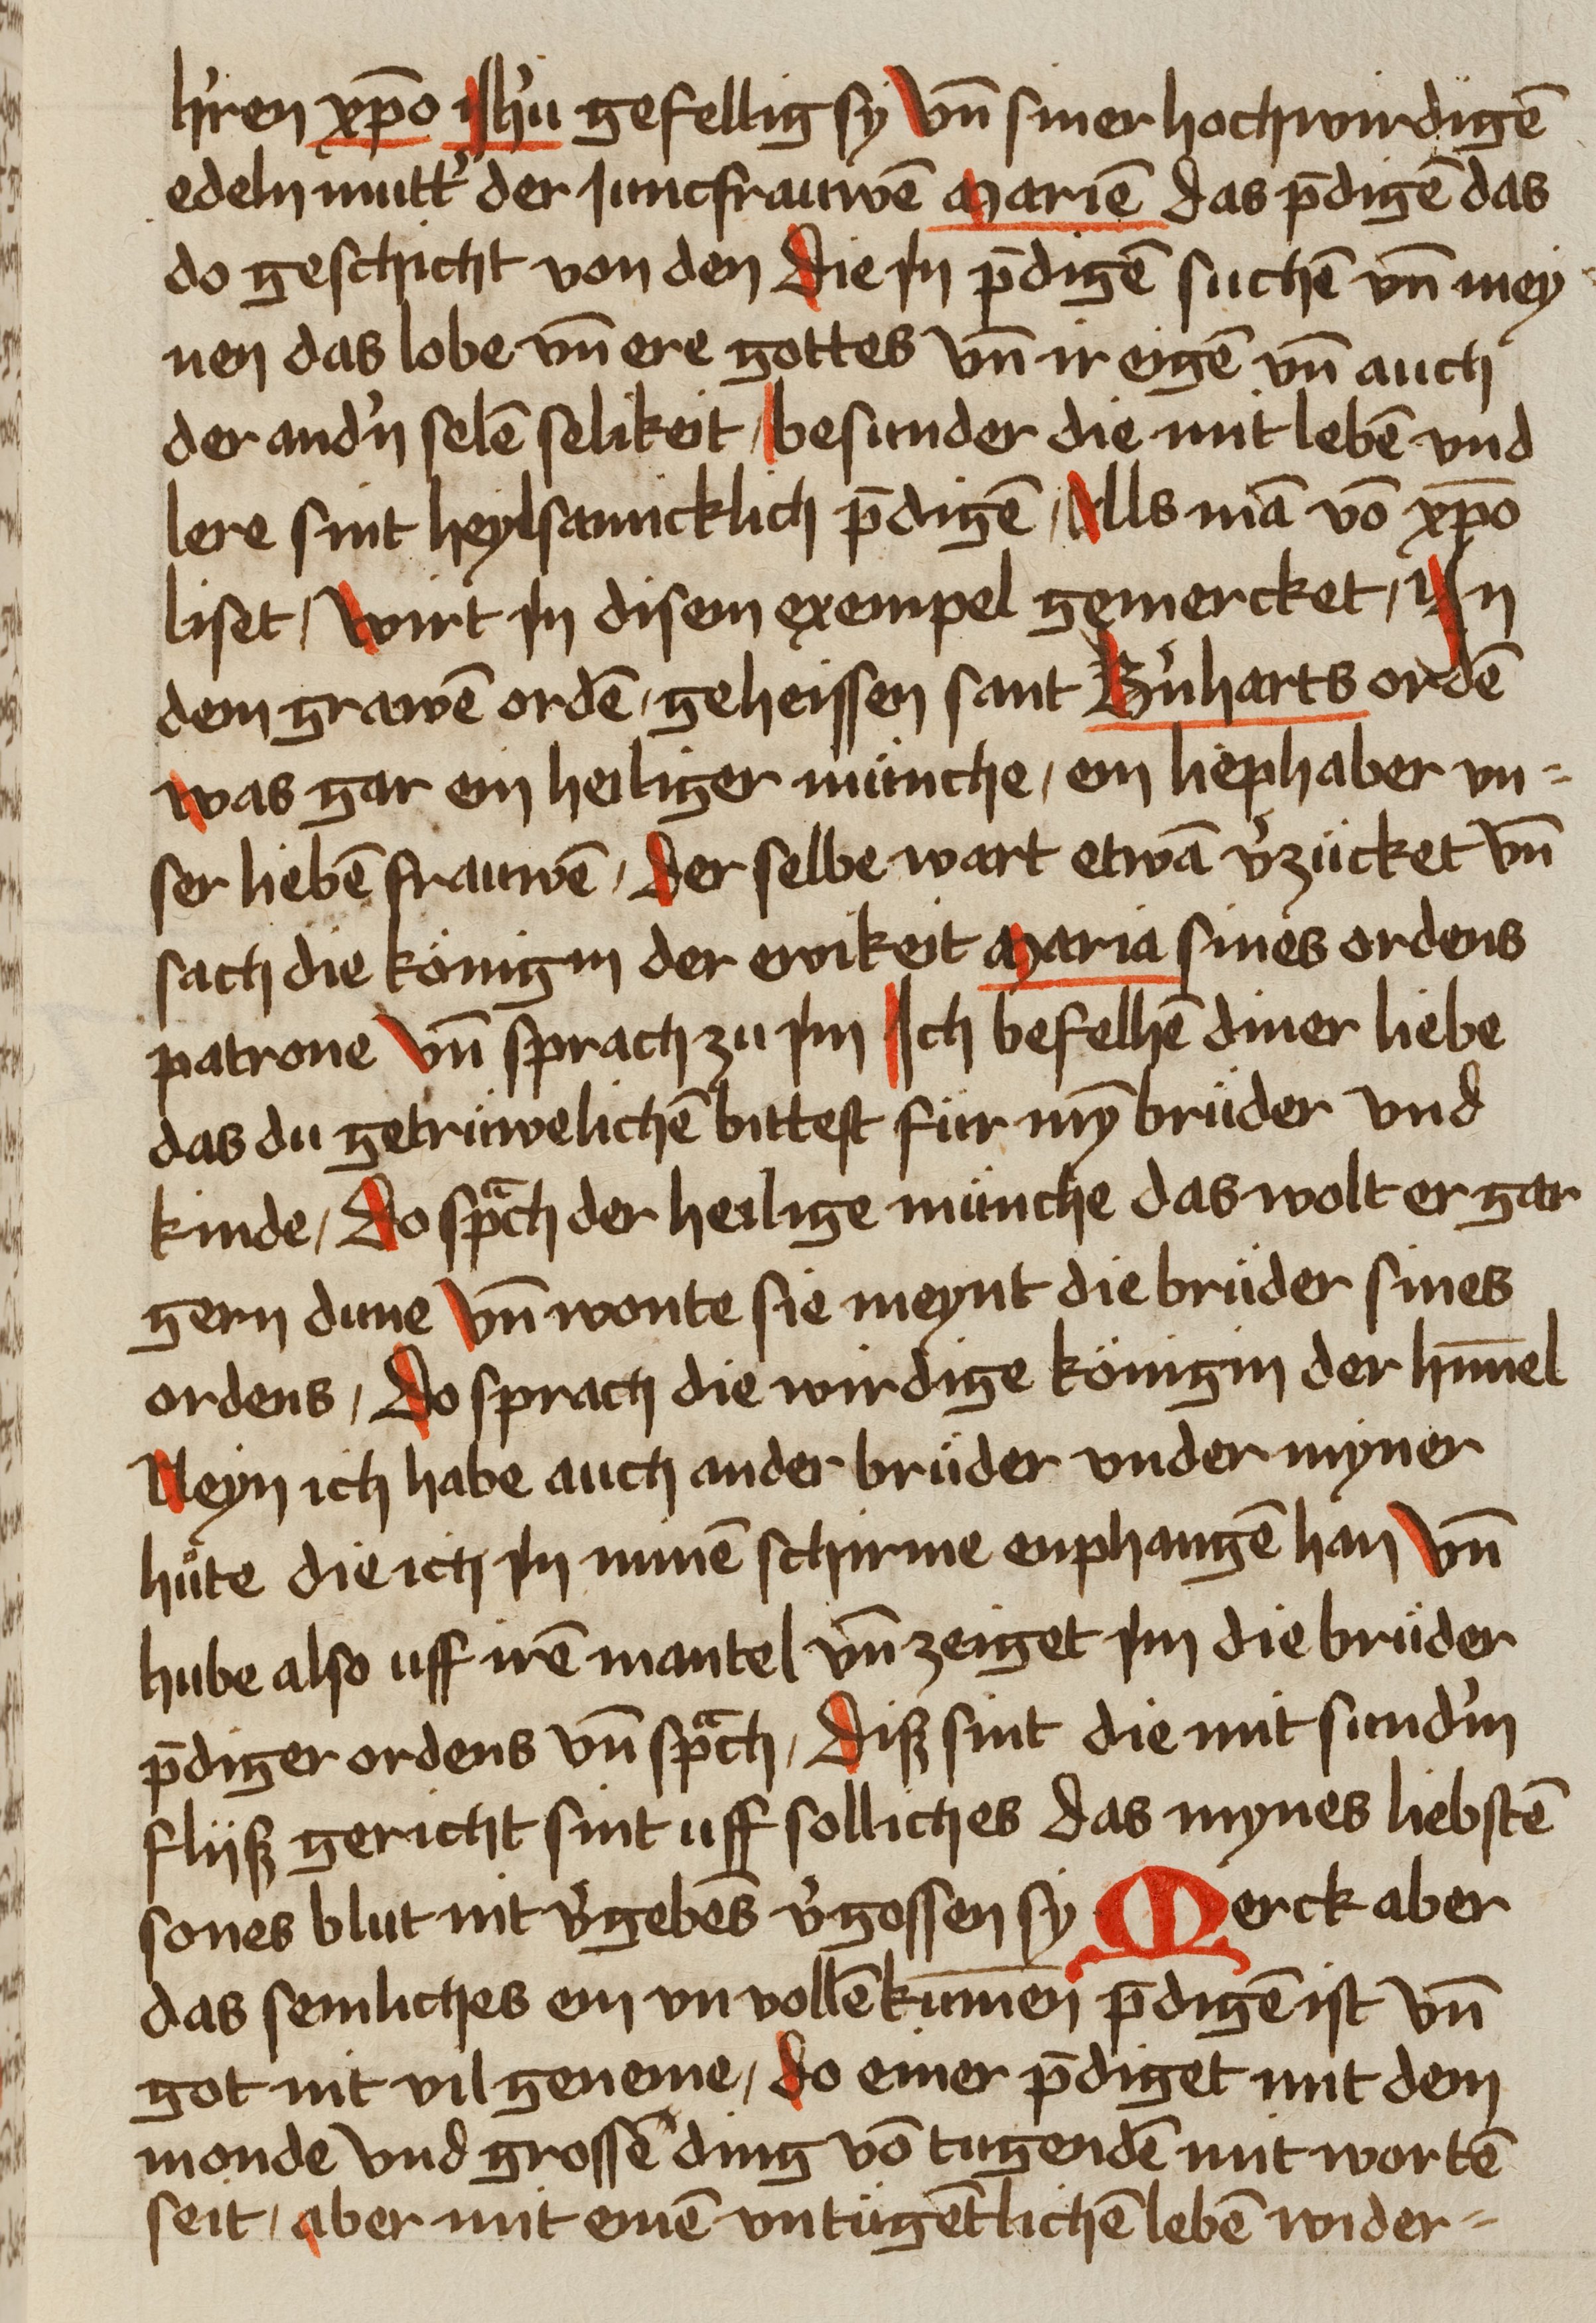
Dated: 1459–1489